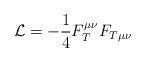
LaTeX: \begin{align*}{\cal L}=-\frac 14F_T^{\mu \nu }F_{T\mu \nu }\end{align*}